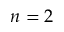
n = 2